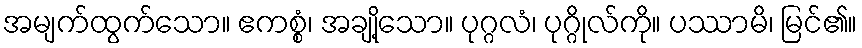
အမျက်ထွက်သော။ ဧကစ္စံ၊ အချို့သော။ ပုဂ္ဂလံ၊ ပုဂ္ဂိုလ်ကို။ ပဿာမိ၊ မြင်၏။